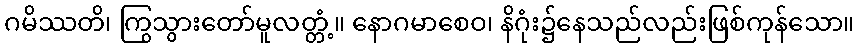
ဂမိဿတိ၊ ကြွသွားတော်မူလတ္တံ့။ နောဂမာစေဝ၊ နိဂုံး၌နေသည်လည်းဖြစ်ကုန်သော။